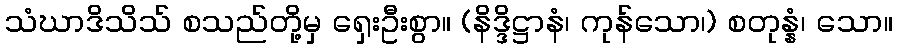
သံဃာဒိသိသ် စသည်တို့မှ ရှေးဦးစွာ။ (နိဒ္ဒိဋ္ဌာနံ၊ ကုန်သော၊) စတုန္နံ၊ သော။